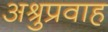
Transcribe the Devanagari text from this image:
अश्रुप्रवाह